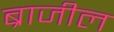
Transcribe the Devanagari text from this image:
ब्राजील